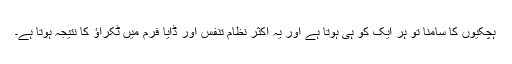
ہچکیوں کا سامنا تو ہر ایک کو ہی ہوتا ہے اور یہ اکثر نظام تنفس اور ڈایا فرم میں ٹکراؤ کا نتیجہ ہوتا ہے۔